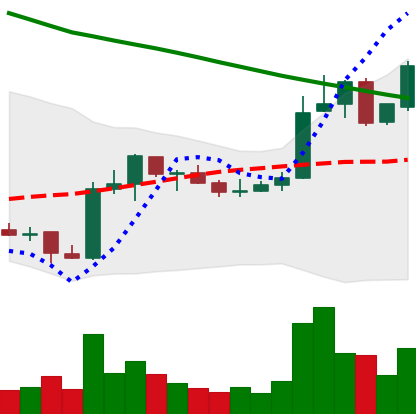
Ticker: ADA-USD
Chart end date: 2019-02-23
Forward return: -11.257%
Label: down_7plus